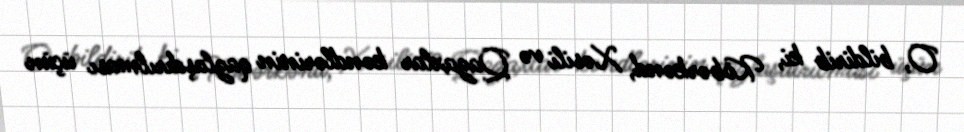
O, bildirib ki, Köbərkənd, Xəsili və Qazaxlar kəndlərinin qazlaşdırılması üçün